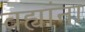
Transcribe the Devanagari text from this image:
वह्यांना